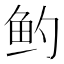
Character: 𬶄